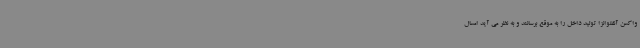
واکسن آنفلوانزا تولید داخل را به موقع برسانند و به نظر می آید امسال